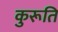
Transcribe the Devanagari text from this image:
कुरूति